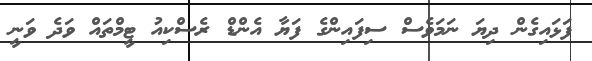
ފަޅައިގެން ދިޔަ ނަމަވެސް ސިފައިންގެ ފަޔާ އެންޑް ރެސްކިއު ޓީމްތައް ވަދެ ވަނީ